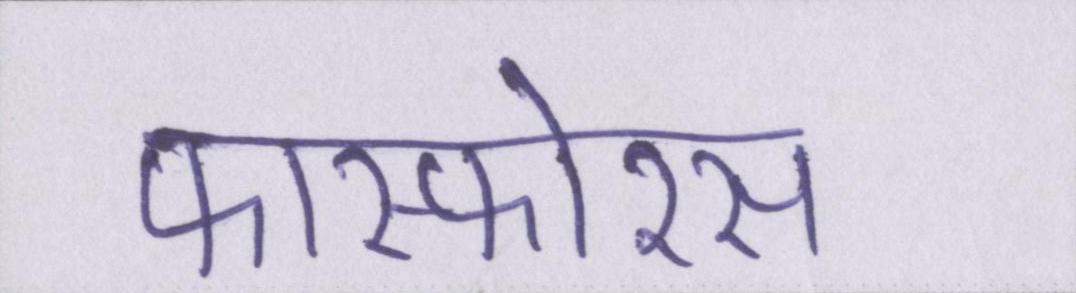
फास्फोरस